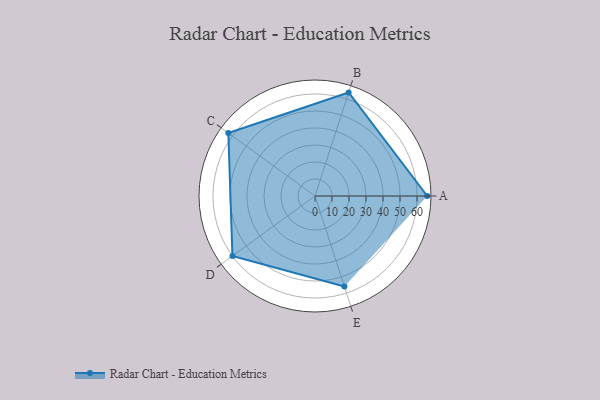
{"axis": {"x": "Skill", "y": "Score"}, "legend": ["Profile"], "data": [{"x": "A", "y": 66.0, "type": "Profile"}, {"x": "B", "y": 64.0, "type": "Profile"}, {"x": "C", "y": 63.0, "type": "Profile"}, {"x": "D", "y": 60.0, "type": "Profile"}, {"x": "E", "y": 56.0, "type": "Profile"}]}